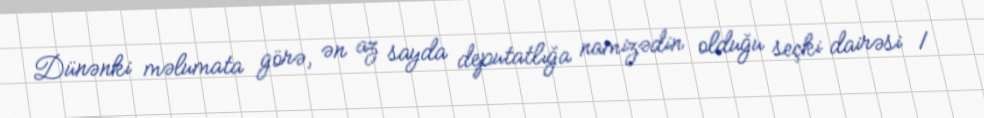
Dünənki məlumata görə, ən az sayda deputatlığa namizədin olduğu seçki dairəsi 1